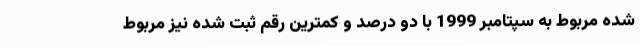
شده مربوط به سپتامبر 1999 با دو درصد و کمترین رقم ثبت شده نیز مربوط